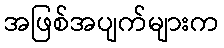
အဖြစ်အပျက်များက